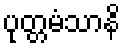
ပုတ္တမံသာနိ